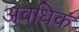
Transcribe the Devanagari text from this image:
अवधिक